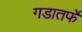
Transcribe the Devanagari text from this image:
गडातर्फे